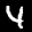
Label: 4